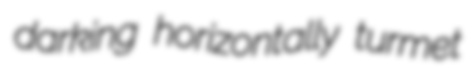
darking horizontally turmet